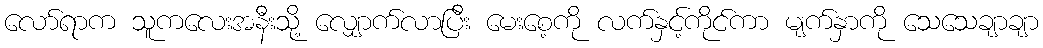
လော်ရာက သူကလေးအနီးသို့ လျှောက်လာပြီး မေးစေ့ကို လက်နှင့်ကိုင်ကာ မျက်နှာကို သေသေချာချာ